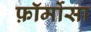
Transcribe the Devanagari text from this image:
फ़ॉर्मोसा